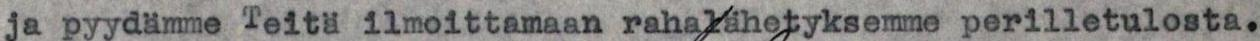
ja pyydämme Teitä ilmoittamaan rahalähetyksemme perilletulosta.